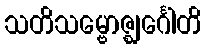
သတိသမ္ဗောဇ္ဈင်္ဂေါတိ